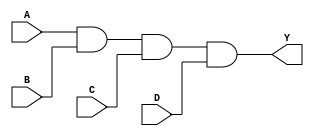
module four_input_and_gate(
    input A,
    input B,
    input C,
    input D,
    output Y
);

    assign Y = A & B & C & D;

endmodule